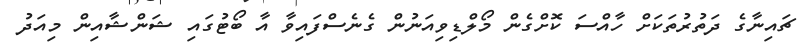
ޗައިނާގެ ދަތުރުތަކަށް ހާއްސަ ކޮށްގެން މޯލްޑިވިއަނުން ގެނެސްފައިވާ އާ ބޯޓުގައި ޝަންޝާއިން މިއަދު